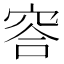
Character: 䆟